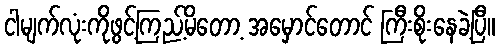
ငါမျက်လုံးကိုဖွင့်ကြည့်မိတော့ အမှောင်တောင် ကြီးစိုးနေခဲ့ပြီ။